Indian journal of veterinary science and animal husbandry - Volume 8,
Year: 1938
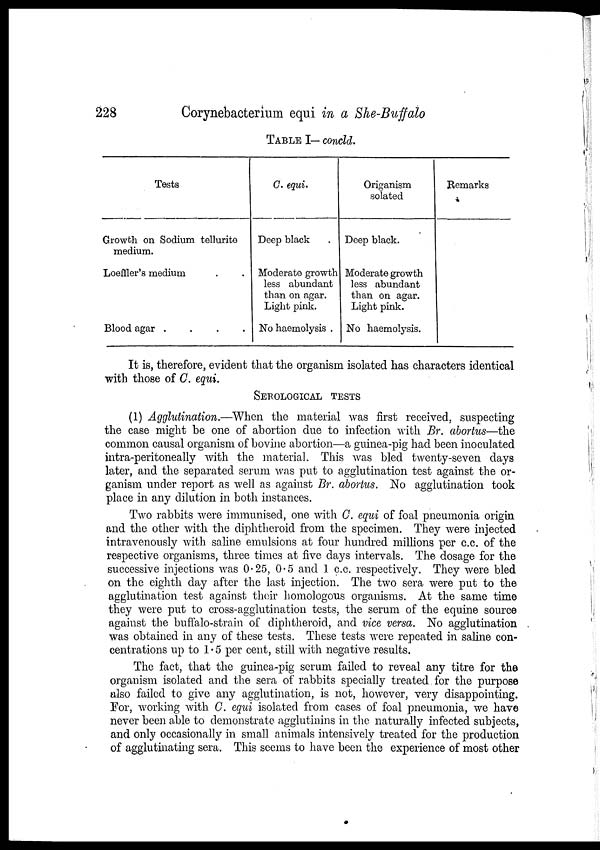
228
Corynebacterium equi in a She-Buffalo
TABLE I— concld.
Tests
Growth on Sodium tellurite
medium.
Loeffler's medium . .
Blood agar .
.
.
.
C. equi.
Deep black .
Moderate growth
less abundant
than on agar.
Light pink.
No haemolysis .
Origanism
solated
Deep black.
Moderate growth
less abundant
than on agar.
Light pink.
No haemolysis.
Remarks
It is, therefore, evident that the organism isolated has characters identical
with those of C. equi.
SEROLOGICAL TESTS
(1) Agglutination.—When the material was first received, suspecting
the case might be one of abortion due to infection with Br. abortus—the
common causal organism of bovine abortion—a guinea-pig had been inoculated
intra-peritoneally with the material. This was bled twenty-seven days
later, and the separated serum was put to agglutination test against the or-
ganism under report as well as against Br. abortus. No agglutination took
place in any dilution in both instances.
Two rabbits were immunised, one with C. equi of foal pneumonia origin
and the other with the diphtheroid from the specimen. They were injected
intravenously with saline emulsions at four hundred millions per c.c. of the
respective organisms, three times at five days intervals. The dosage for the
successive injections was 0.25, 0.5 and 1 c.c. respectively. They were bled
on the eighth day after the last injection. The two sera were put to the
agglutination test against their homologous organisms. At the same time
they were put to cross-agglutination tests, the serum of the equine source
against the buffalo-strain of diphtheroid, and vice versa. No agglutination
was obtained in any of these tests. These tests were repeated in saline con-
centrations up to 1 . 5 per cent, still with negative results.
The fact, that the guinea-pig serum failed to reveal any titre for the
organism isolated and the sera of rabbits specially treated. for the purpose
also failed to give any agglutination, is not, however, very disappointing.
For, working with C. equi isolated from, cases of foal pneumonia, we have
never been able to demonstrate agglutinins in the naturally infected subjects,
and only occasionally in small animals intensively treated for the production
of agglutinating sera. This seems to have been the experience of most other